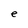
Character: e